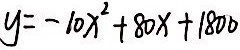
y = - 1 0 x ^ { 2 } + 8 0 x + 1 8 0 0